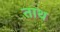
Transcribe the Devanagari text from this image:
ताथ